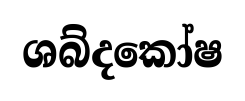
ශබ්දකෝෂ